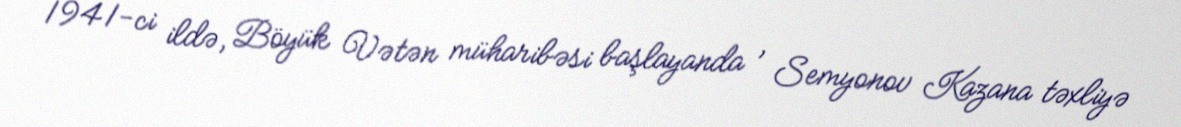
1941-ci ildə, Böyük Vətən müharibəsi başlayanda , Semyonov Kazana təxliyə